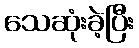
သေဆုံးခဲ့ပြီး